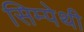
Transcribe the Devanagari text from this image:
सिम्पेथी